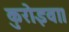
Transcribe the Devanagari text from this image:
कुरोइवा।